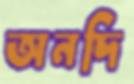
অনদি